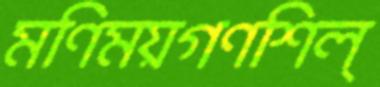
মণিময়গণশিল্